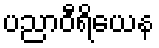
ပညာဝီရိယေန